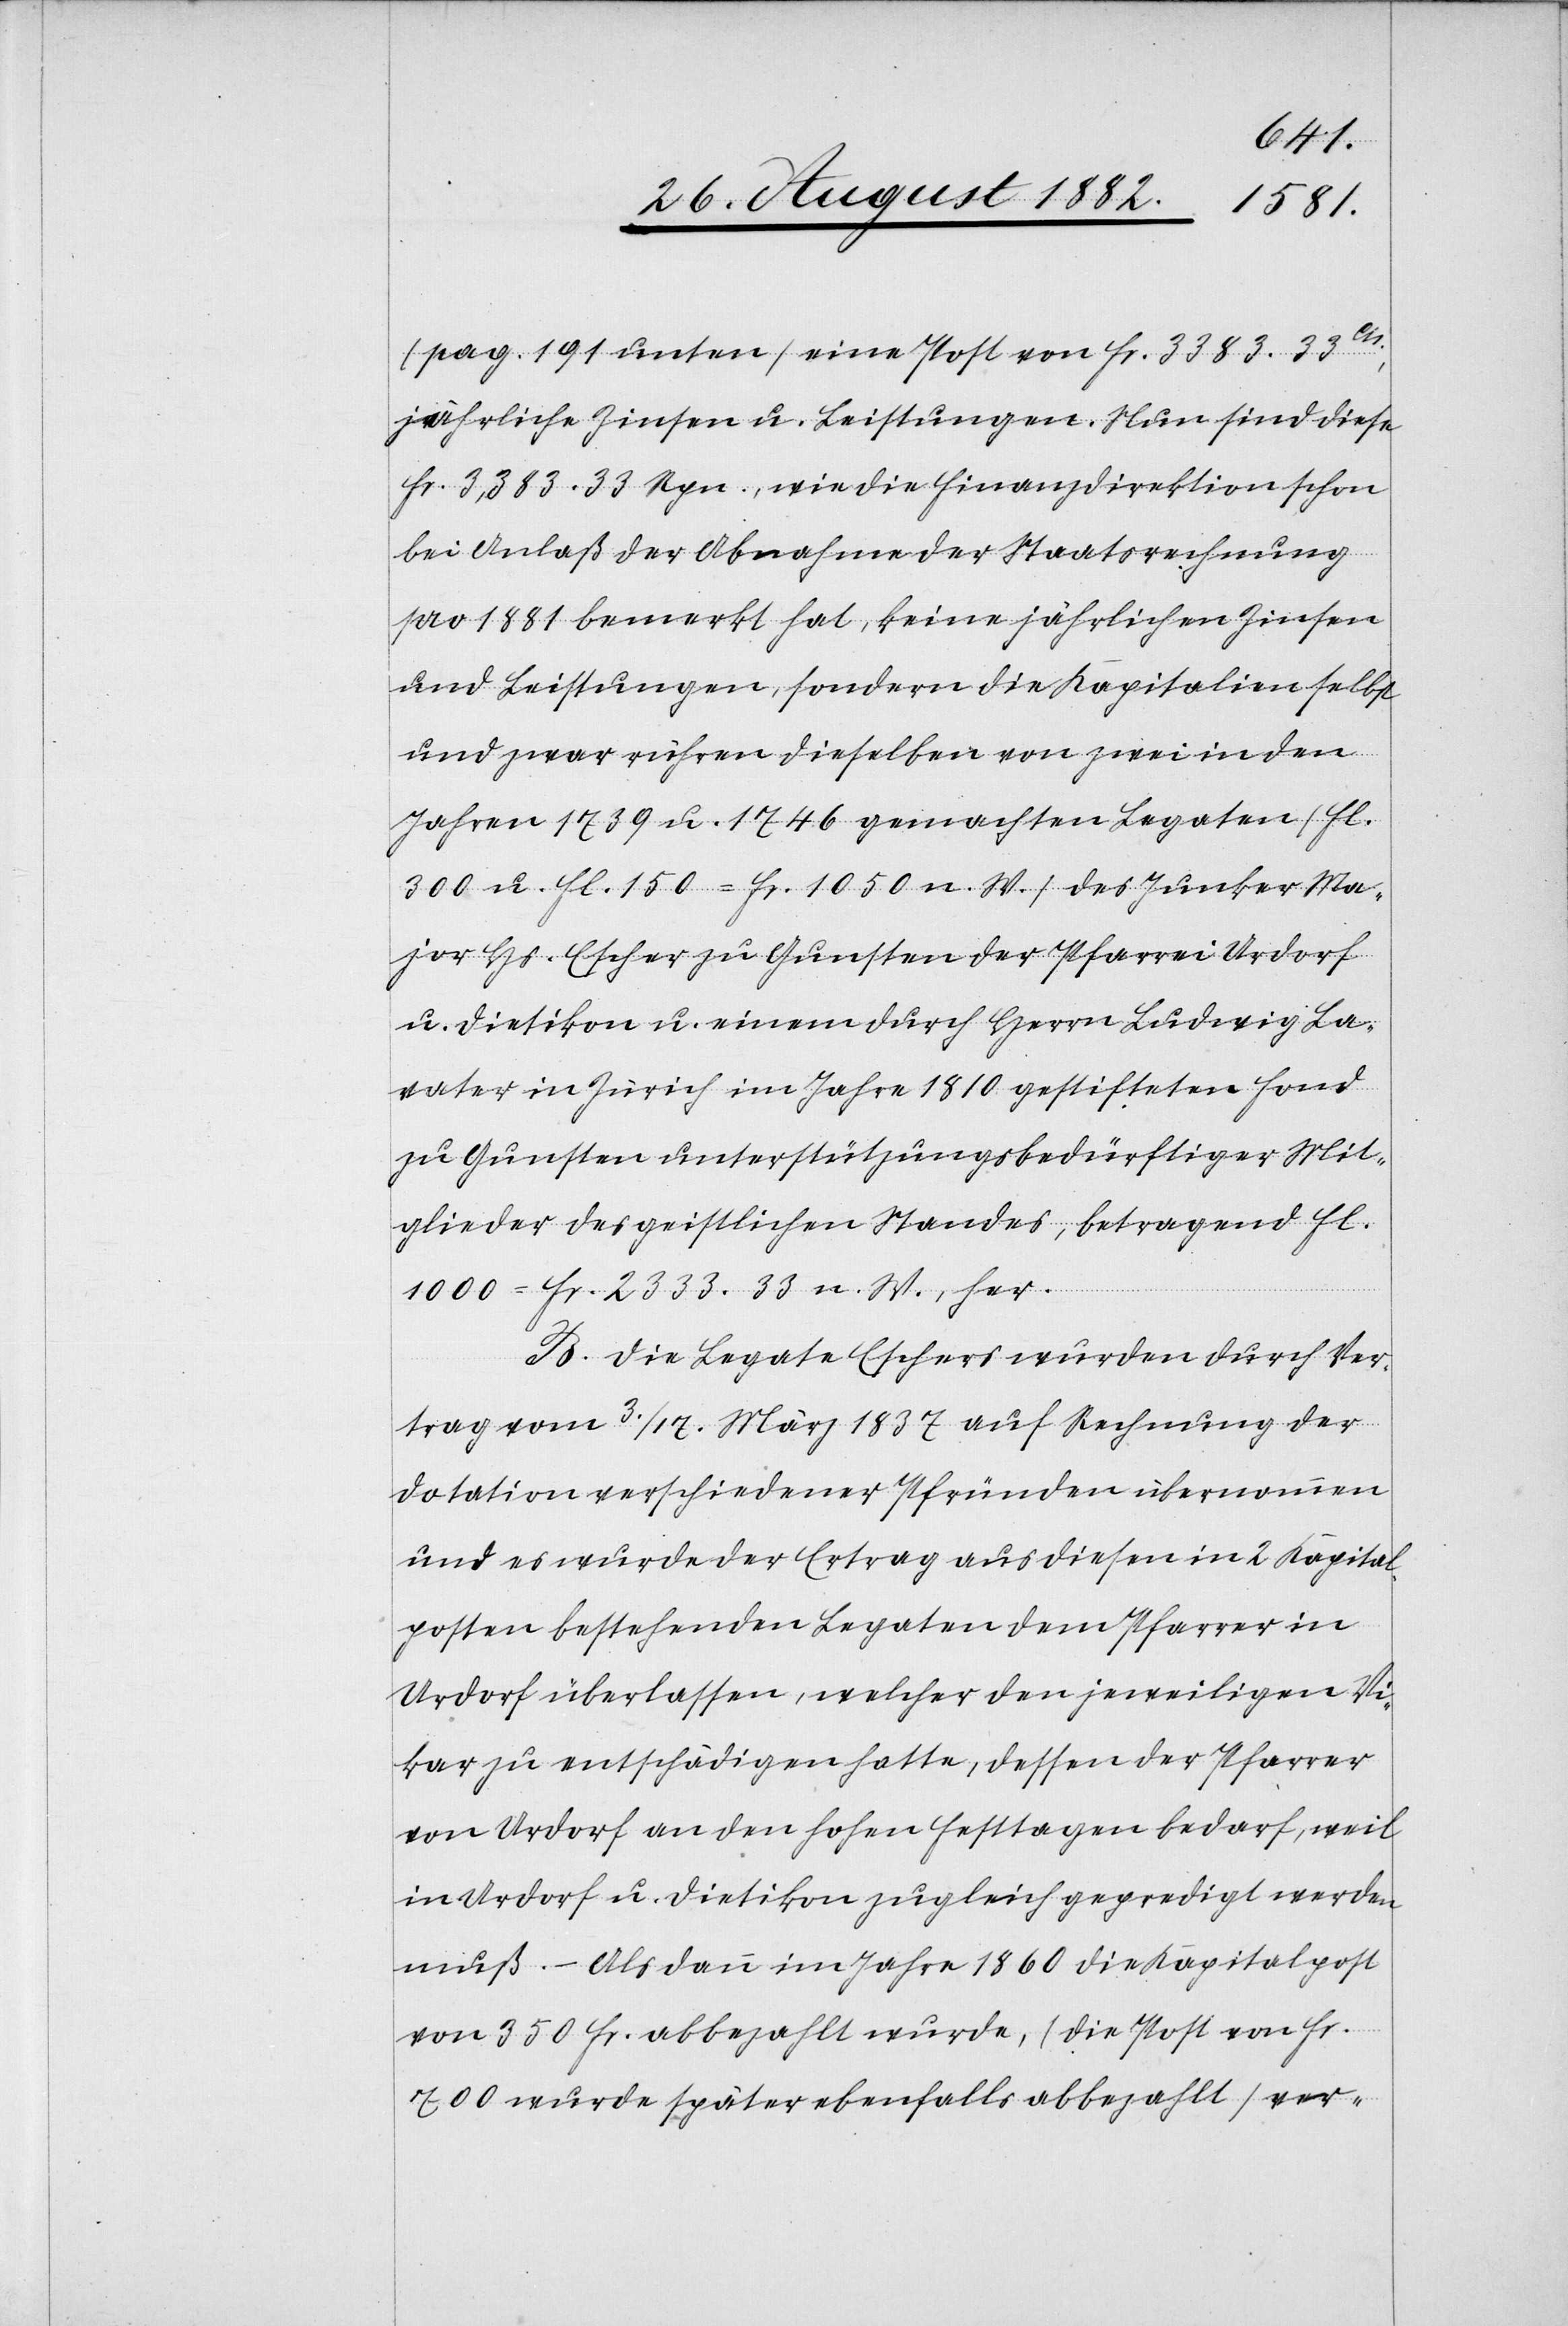
(pag. 191 unten) eine Post von Fr. 3383.
jährliche Zinsen u. Leistungen. Nun sind diese
Fr. 3,383. 33 Rpn., wie die Finanzdirektion schon
bei Anlaß der Abnahme der Staatsrechnung
pro 1881 bemerkt hat, keine jährlichen Zinsen
und Leistungen, sondern die Kapitalien selbst
und zwar rühren dieselben von zwei in den
Jahren 1739 u. 1746 gemachten Legaten (Fl.
300 u. Fl. 150 = Fr. 1050 n. W.) des Junker Ma¬
jor Hs. Escher zu Gunsten der Pfarrei Urdorf
u. Dietikon u. einem durch Herrn Ludwig La¬
vater in Zürich im Jahr 1810 gestifteten Fond
zu Gunsten unterstützungsbedürftiger Mit¬
glieder des geistlichen Standes, betragend Fl.
1000 = Fr. 2333.33 n. W., her.
B. Die Legate Escher wurden durch Ver¬
trag vom 3./17. März auf Rechnung der
Dotation verschiedener Pfründen übernommen
und es wurde der Ertrag aus diesen in 2 Kapital¬
posten bestehenden Legaten dem Pfarrer in
Urdorf überlassen, welcher den jeweiligen Vi¬
kar zu entschädigen hatte, dessen der Pfarrer
von Urdorf an den hohen Festtagen bedarf, weil
in Urdorf u. Dietikon zugleich gepredigt werden
muß. – Als dann im Jahr 1860 die Kapitalpost
von 350 Fr. abbezahlt wurde, (die Post von Fr.
700 wurde später ebenfalls abbezahlt) ver-